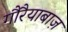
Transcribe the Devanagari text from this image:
गौरैयाबाज़